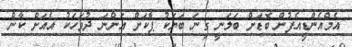
އެމްއެންޑީއެފުން ބޮޑަށް ބަލަނީ ގިނަ ބަޔަކު ޕާކަށް އަންނަ ދުވަހަކު އެއަށް ކާން